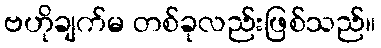
ဗဟိုချက်မ တစ်ခုလည်းဖြစ်သည်။